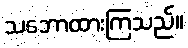
သဘောထားကြသည်။